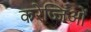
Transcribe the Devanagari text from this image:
करेज्जिओं